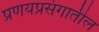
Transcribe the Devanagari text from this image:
प्रणयप्रसंगातील